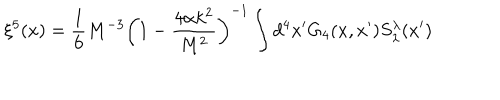
\xi ^ { 5 } ( x ) = \frac { 1 } { 6 } M ^ { - 3 } \bigg ( 1 - \frac { 4 \alpha k ^ { 2 } } { M ^ { 2 } } \bigg ) ^ { - 1 } \int d ^ { 4 } x ^ { \prime } G _ { 4 } ( x , x ^ { \prime } ) S _ { \lambda } ^ { \lambda } ( x ^ { \prime } )